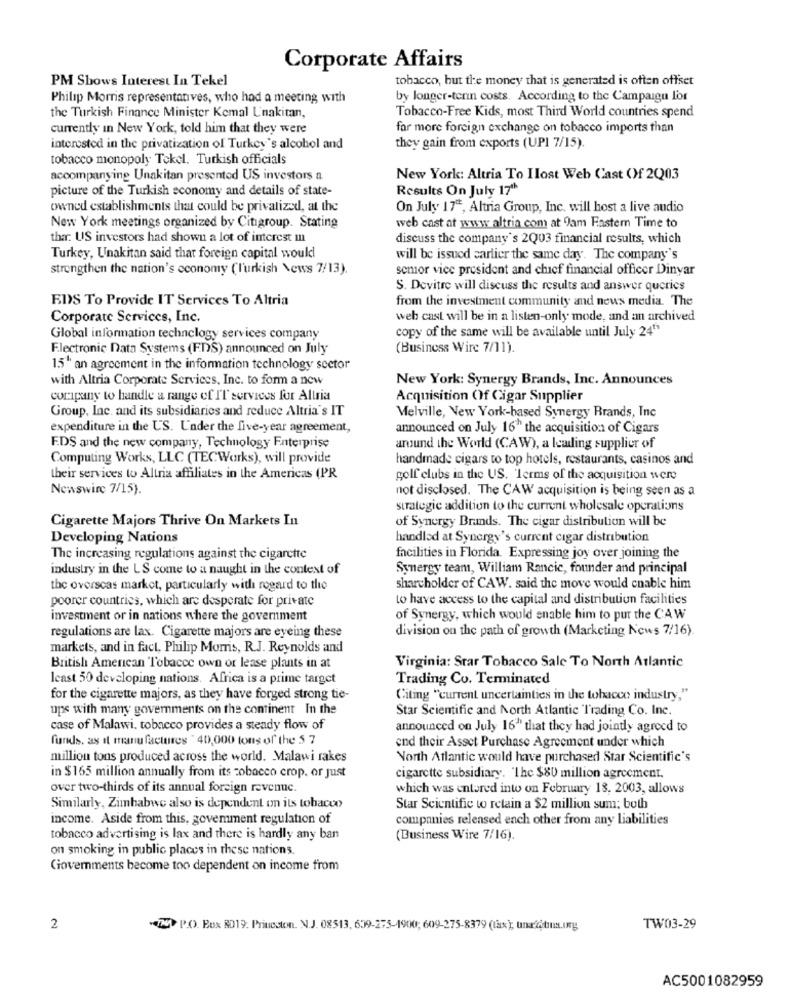
Corporate Affairs
PM Shows Interest In Tekel
tobacco, but the money that is generated is often offset
Philip Morris representanves, who had a meeting with
by longer-termn costs. According to the Campaign for
the Turkish Finance Minister Kemal Unakitan,
Tobacco-Free Kids, most Third World countries spend
currently in New York, told him that they were
for more foreign exchange on tobacco imports than
interested in the privatization of Turkey's alcohol and
they gain from exports (UPI 7/15).
tobacco monopoly Tekel. Turkish officials
accompanying Unakitan presented US investors a
New York: Altria To Ilost Web Cast Of 20203
picture of the Turkish economy and details of state-
Results On July 17th
owned establishments that could be privatized, at the
On July 17", Altria Group, Inc. will host a live audio
New York meetings organized by Citigroup. Stating
web cast at www.altria com at Jam Faster Time to
thar: US investors had shown a lot of interest in
discuss the company's 2Q03 financial results, which
Turkey, Unakitan said that foreign capital would
will be issued carlier the same day. The company's
strengthen the nation's economy (l'urkish News 7/13).
semor vice president and chief financial officer Dinyar
S. Devitre will discuss the results and answer queries
EDS To Provide IT Services To Altria
from the investment community and news media. The
Corporate Services, Inc.
web cast will be in a listen-only mode, and an archived
copy of the same will be available until July 24""
Global information technology services company
F.lectronic Data Systems (FDS) announced on July
(Business Wire 7/11).
15" an agreement in the information technology sector
with Altria Corporate Services, Inc. to form a new
New York: Synergy Brands, Inc. Announces
coripany to handle a range of IT services for Altria
Acquisition Of Cigar Supplier
Group, Inc. and its subsidiaries and reduce Altria's IT
Melville, New York-based Synergy Brands, Inc
expenditure in the US. Under the five-year agreement,
announced on July 16" the acquisition of Cigars
F.DS and the new company, Technology Enterprise
around the World (CAW), a leading supplier of
Computing Works, LLC (TECWorks), will provide
handmade cigars to top hotels, restaurants, casinos and
their services to Altria affiliates in the Americas (PR
golf clubs in the US. Terms of the acquisition were
Newswire 7/15).
not disclosed. The CAW acquisition is being seen as a
strategic addition to the current wholesale operations
Cigarette Majors Thrive On Markets In
of Synergy Brands. The cigar distribution will be
Developing Nations
handled at Synergy's current cigar distribution
The increasing regulations against the cigarette
facilities in Florida. Expressing joy over joining the
industry in the LS come to a naught in the context of
Synergy teams, William Rancic, founder and principal
the overseas market, particularly with rogard to the
shareholder of CAW. said the move would enable him
poorer countries, which are desperate for private
to have access to the capital and distribution facilities
investment or in nations where the government
of Synergy, which would enable him to pur the CAW
division on the path of growth (Marketing News 7/16).
regulations are lax. Cigarette majors are eyeing these
markets, and in fact, Philip Morris, R.J. Reynolds and
British American Tobacco own or lease plants in at
Virginia: Srar Tobacco Sale To North Atlantic
least 50 developing nations. Africa is a prime target
Trading Co. Terminated
for the cigarette majors, as they have forged strong tie-
Citing "current uncertainties in the tobacco industry,"
ups with many governments on the continent In the
Star Scientific and North Atlantic Trading Co. Inc.
case of Malawi, tobacco provides a steady flow of
announced on July 16" that they had jointly agreed to
funds, as it manufactures " 40,000 tons of the 5 7
end their Asset Purchase Agreement under which
million tons produced across the world. Malawi rakes
North Atlantic would have purchased Star Scientific's
in $165 million annually from its cobacco crop. or just
cigarette subsidiary. "The $80 million agreement.
over two-thirds of its annual foreign revenue.
which was entered into on February 18. 2003, allows
Similarly, Zimbabwe also is dependent on its tobacco
Star Scientific to retain a $2 million sum; both
income. Aside from this, govemment regulation of
companies released each other from any Liabilities
tobacco advertising is lax and there is hardly any ban
(Business Wire 7/16).
on smoking in public places in these nations.
Giovemments become too dependent on income from
2
IN P.O. Box RD19. Princston. N.J. 08513, 609-275-1900; 609-275-8379 (tax); una/ótima.org
TW03-29
AC5001082959